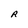
Character: R